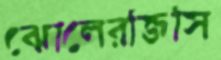
ঝোলেরজিসি